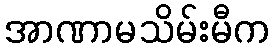
အာဏာမသိမ်းမီက